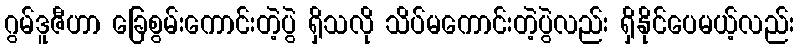
ဂွမ်ဒူဇီဟာ ခြေစွမ်းကောင်းတဲ့ပွဲ ရှိသလို သိပ်မကောင်းတဲ့ပွဲလည်း ရှိနိုင်ပေမယ့်လည်း